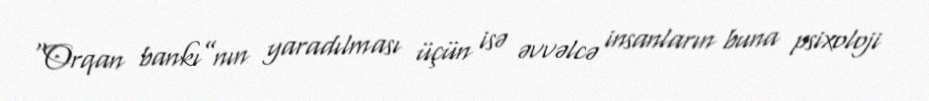
“Orqan bankı”nın yaradılması üçün isə əvvəlcə insanların buna psixoloji